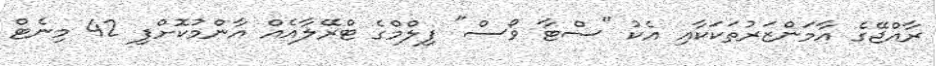
ރާއްޖޭގެ އާމަންޒަރުތަކަކާއި އެކު "ސްޓާ ވޯސް" ފިލްމްގެ ޓްރޭލާއެއް އާންމުކޮށްފި 42 މިނެޓް